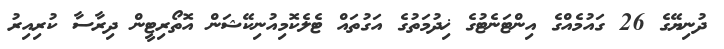
ދުނިޔޭގެ 26 ގައުމެއްގެ އިންޓަނެޓުގެ ޚިދުމަތުގެ އަގުތައް ޓެލެކޮމިއުނިކޭޝަން އޮތޯރިޓީން ދިރާސާ ކުރިއިރު